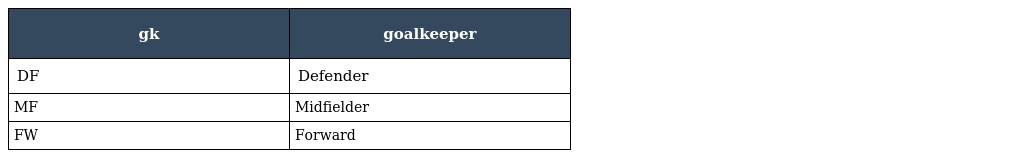
| gk | goalkeeper |
 | --- | --- |
 | DF | Defender |
 | MF | Midfielder |
 | FW | Forward |